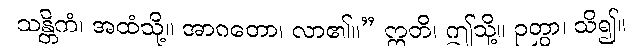
သန္တိကံ၊ အထံသို့။ အာဂတော၊ လာ၏။” ဣတိ၊ ဤသို့။ ဉတွာ၊ သိ၍။